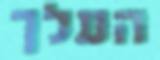
העלך